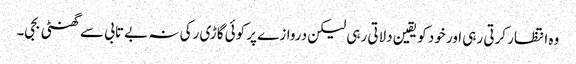
وہ انتظار کرتی رہی اور خود کو یقین دلاتی رہی لیکن دروازے پر کوئی گاڑی رکی نہ بے تابی سے گھنٹی بجی۔